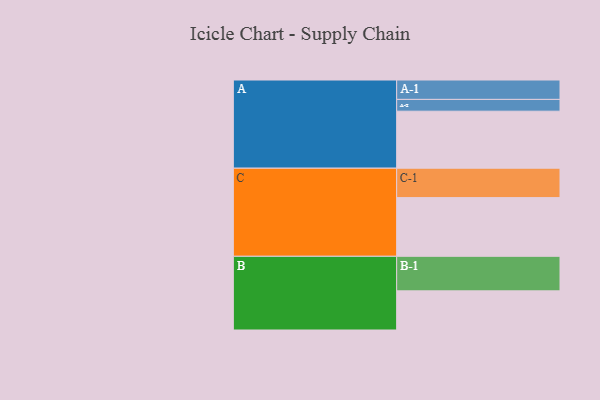
{"axis": {"x": "Segment", "y": "Value"}, "legend": ["", "A", "B", "C"], "data": [{"x": "A", "y": 479, "type": ""}, {"x": "B", "y": 329, "type": ""}, {"x": "C", "y": 493, "type": ""}, {"x": "A-1", "y": 163, "type": "A"}, {"x": "A-2", "y": 99, "type": "A"}, {"x": "B-1", "y": 290, "type": "B"}, {"x": "C-1", "y": 247, "type": "C"}]}